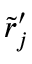
\tilde { r } _ { j } ^ { \prime }